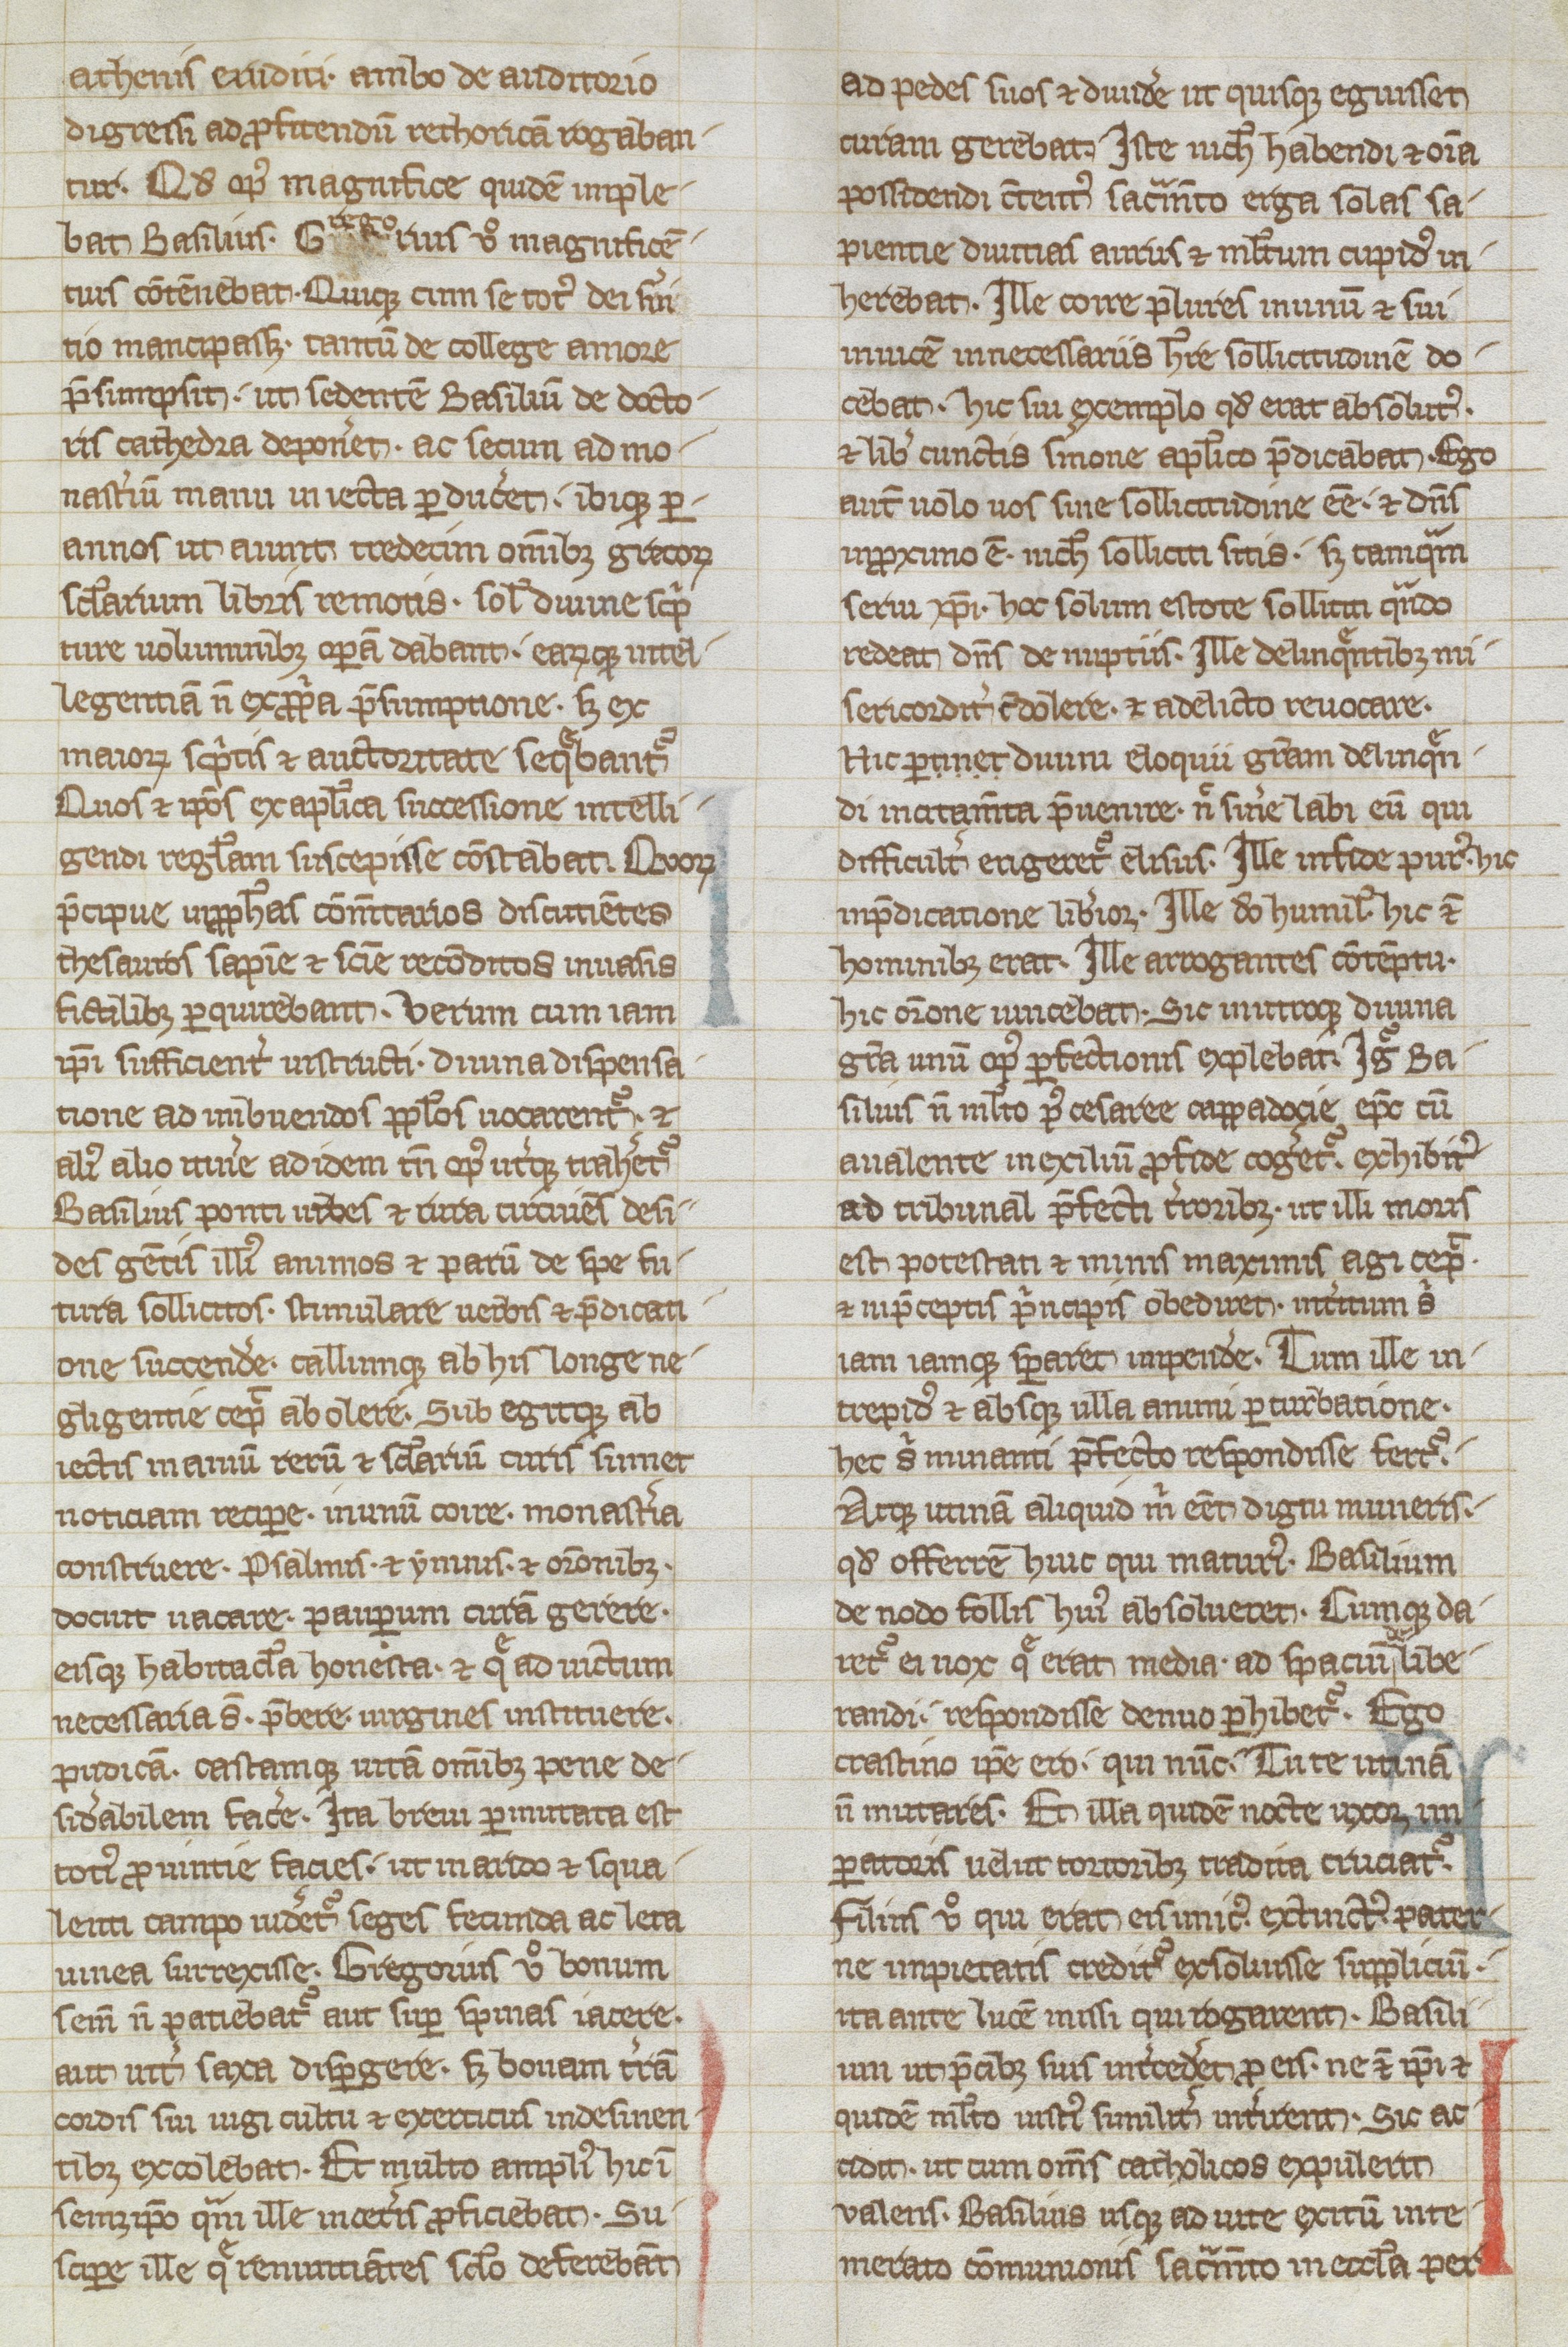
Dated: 1250–1299